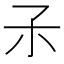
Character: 𡥀